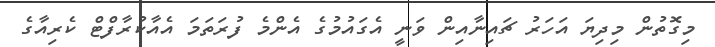
މިގޮތުން މިދިޔަ އަހަރު ޗައިނާއިން ވަނީ އެގައުމުގެ އެންމެ ފުރަތަމަ އެއާކުރާފްޓް ކެރިއާގެ